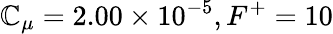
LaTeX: \mathbb{C}_{\mu}=2.00\times10^{-5},F^{+}=10